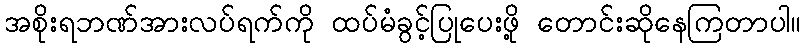
အစိုးရဘဏ်အားလပ်ရက်ကို ထပ်မံခွင့်ပြုပေးဖို့ တောင်းဆိုနေကြတာပါ။